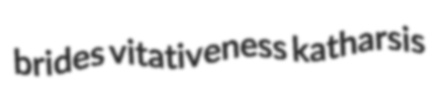
brides vitativeness katharsis